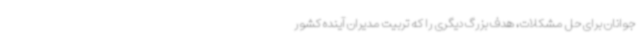
جوانان برای حل مشکلات، هدف بزرگ دیگری را که تربیت مدیران آینده کشور